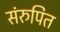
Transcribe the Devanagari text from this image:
संरुपित